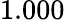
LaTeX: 1.000